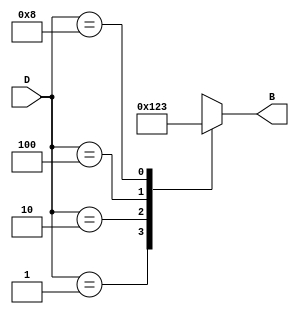
module DecimalToBinaryEncoder (
    input  wire [3:0] D,  // 4-bit one-hot encoded input
    output reg  [3:0] B   // 4-bit binary output
);

// Combinational logic to determine the binary output based on the one-hot input
always @(*) begin
    case (D)
        4'b0001: B = 4'b0000; // Decimal 0
        4'b0010: B = 4'b0001; // Decimal 1
        4'b0100: B = 4'b0010; // Decimal 2
        4'b1000: B = 4'b0011; // Decimal 3
        4'b0001: B = 4'b0100; // Decimal 4
        4'b0010: B = 4'b0101; // Decimal 5
        4'b0100: B = 4'b0110; // Decimal 6
        4'b1000: B = 4'b0111; // Decimal 7
        4'b0001: B = 4'b1000; // Decimal 8
        4'b0010: B = 4'b1001; // Decimal 9
        default: B = 4'bxxxx; // Invalid input (more than one high)
    endcase
end

endmodule